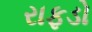
રાફડો